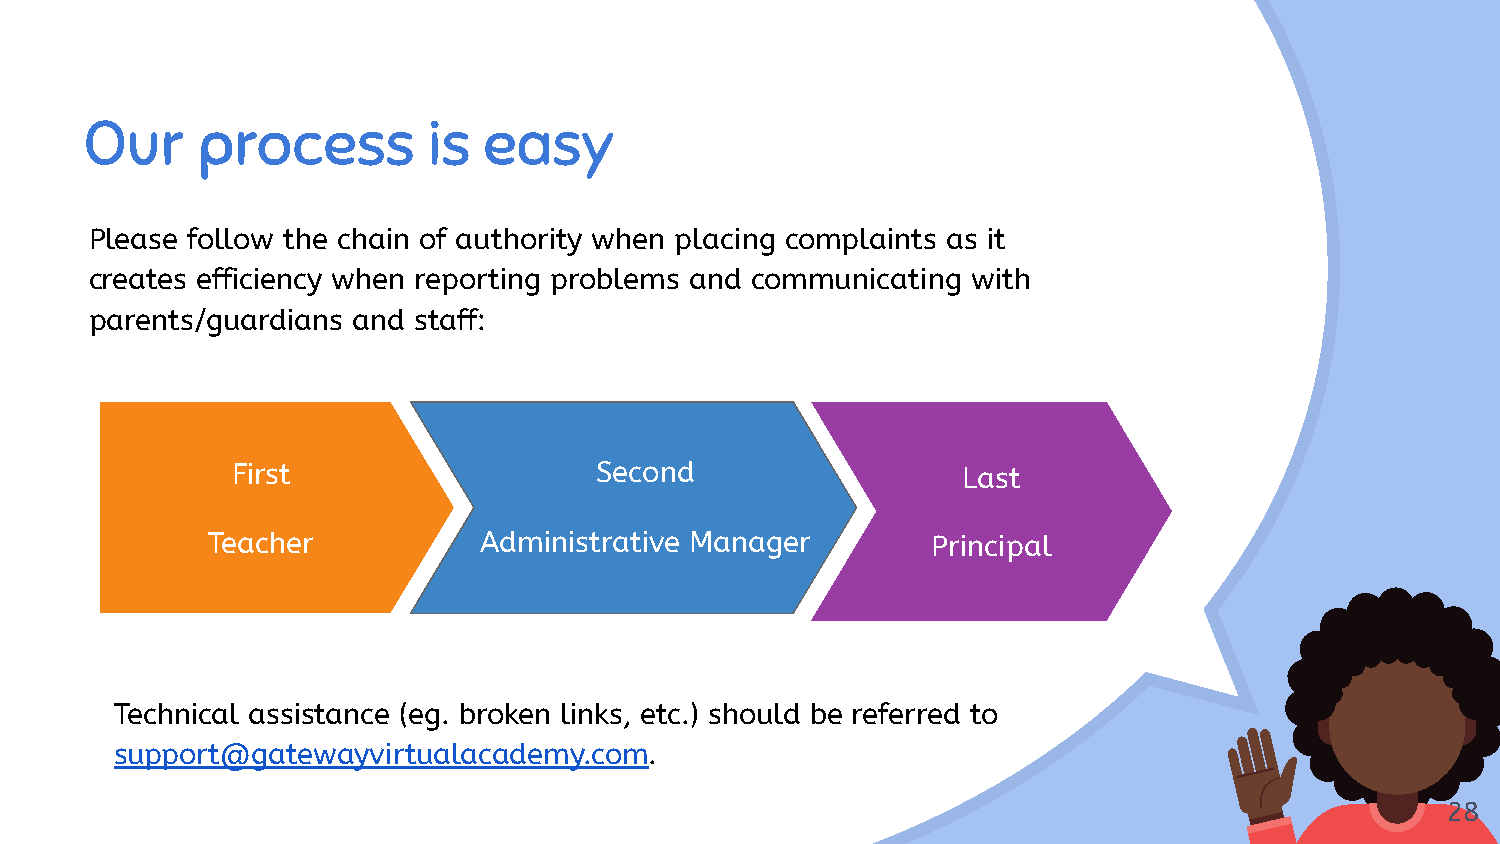
Our    process        is  easy
 Please follow the chain of authority when placing complaints as it
 creates efficiency when reporting problems and communicating with
 parents/guardians and staff:
 First                   Second                   Last
 Teacher           Administrative Manager        Principal
 Technical assistance (eg. broken links, etc.) should be referred to
 support@gatewayvirtualacademy.com.
 28